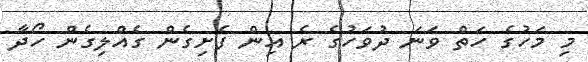
މި މަހުގެ ހަތް ވަނަ ދުވަހުގެ ރެ އިން ފެށިގެން ގެއްލިގެން ހޯދާ